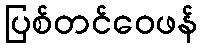
ပြစ်တင်ဝေဖန်